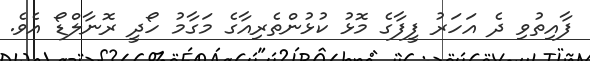
ފާއިތުވި ދެ އަހަރު ފީފާގެ މޮޅު ކުޅުންތެރިއާގެ މަގާމު ހޯދީ ރޮނާލްޑޯ އެވެ.